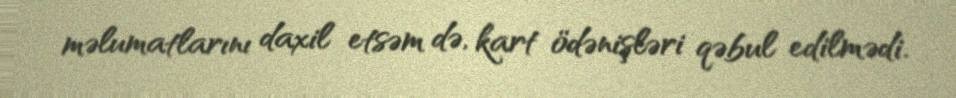
məlumatlarını daxil etsəm də, kart ödənişləri qəbul edilmədi.